Vaccination in Bombay 1902-1912 - 1902-1912
Year: 1902
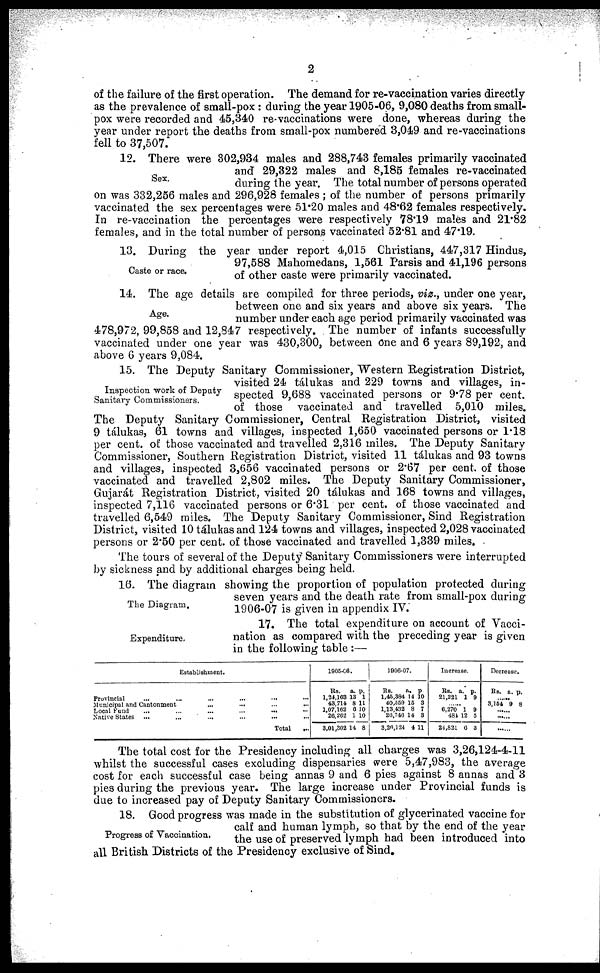
2
of the failure of the first operation. The demand for re-vaccination varies directly
as the prevalence of small-pox : during the year 1905-06, 9,080 deaths from small-
pox were recorded and 45,340 re-vaccinations were done, whereas during the
year under report the deaths from small-pox numbered 3,049 and re-vaccinations
fell to 37,507.
Sex.
12. There were 302,934 males and 288,743 females primarily vaccinated
and 29,322 males and 8,185 females re-vaccinated
during the year. The total number of persons operated
on was 332,256 males and 296,928 females ; of the number of persons primarily
vaccinated the sex percentages were 51.20 males and 48.62 females respectively.
In re-vaccination the percentages were respectively 78.19 males and 21.82
females, and in the total number of persons vaccinated 52.81 and 47.19.
Caste or race.
13. During the year under report 4,015 Christians, 447,317 Hindus,
97,588 Mahomedans, 1,561 Parsis and 41,196 persons
of other caste were primarily vaccinated.
Age.
14. The age details are compiled for three periods, viz., under one year,
between one and six years and above six years. The
number under each age period primarily vaccinated was
478,972, 99,858 and 12,847 respectively. The number of infants successfully
vaccinated under one year was 430,300, between one and 6 years 89,192, and
above 6 years 9,084.
Inspection work of Deputy
Sanitary Commissioners.
15. The Deputy Sanitary Commissioner, Western Registration District,
visited 24 tálukas and 229 towns and villages, in-
spected 9,688 vaccinated persons or 9.78 per cent.
of those vaccinated and travelled 5,010 miles.
The Deputy Sanitary Commissioner, Central Registration District, visited
9 tálukas, 61 towns and villages, inspected 1,650 vaccinated persons or 1.18
per cent. of those vaccinated and travelled 2,316 miles. The Deputy Sanitary
Commissioner, Southern Registration District, visited 11 tálukas and 93 towns
and villages, inspected 3,656 vaccinated persons or 2.67 per cent. of those
vaccinated and travelled 2,802 miles. The Deputy Sanitary Commissioner,
Gujarát Registration District, visited 20 tálukas and 168 towns and villages,
inspected 7,116 vaccinated persons or 6.31 per cent. of those vaccinated and
travelled 6,549 miles. The Deputy Sanitary Commissioner, Sind Registration
District, visited 10 tálukas and 124 towns and villages, inspected 2,028 vaccinated
persons or 2.50 per cent. of those vaccinated and travelled 1,339 miles.
The tours of several of the Deputy Sanitary Commissioners were interrupted
by sickness and by additional charges being held.
The Diagram.
16. The diagram showing the proportion of population protected during
seven years and the death rate from small-pox during
1906-07 is given in appendix IV.
Expenditure.
17. The total expenditure on account of Vacci-
nation as compared with the preceding year is given
in the following table :—
Establishment.
Provincial ... ... ... ... ... ...
Municipal and Cantonment ... ... ... ...
Local Fund
...
...
...
...
...
Native States
... ... ... ... ... ...
Total
...
1905-06.
Rs.
1,24,163
43,714
1,07,162
26,262
3,01,802
a.
13
8
6
1
14
p.
1
11
10
10
8
1906-07.
Rs.
1,43,334
40,559
1,13,432
26,746
3,26,124
a.
14
15
8
14
4
p.
10
3
7
3
11
Increase.
Rs.
21,221
a.
1
p.
9
...... 6,270
481
24,821
1
12
6
9
5
3
Decrease.
Rs. a. p.
...... 3,154 9 8
......
The total cost for the Presidency including all charges was 3,26,124-4-11
whilst the successful cases excluding dispensaries were 5,47,983, the average
cost for each successful case being annas 9 and 6 pies against 8 annas and 3
pies during the previous year. The large increase under Provincial funds is
due to increased pay of Deputy Sanitary Commissioners.
Progress of Vaccination.
18. Good progress was made in the substitution of glycerinated vaccine for
calf and human lymph, so that by the end of the year
the use of preserved lymph had been introduced into
all British Districts of the Presidency exclusive of Sind.